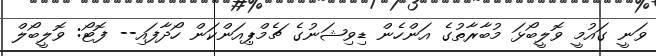
ވަނީ ގައުމީ ވޮލީބޯޅަ މުބާރާތުގެ އަންހެން ޑިވިޝަނުގެ ޗެމްޕިއަންކަން ހޯދާފައި-- ފޮޓޯ: ވޮލީބޯލް